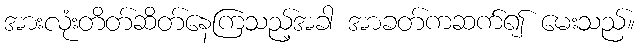
အားလုံးတိတ်ဆိတ်နေကြသည့်အခါ အာခတ်ကဆက်၍ မေးသည်။